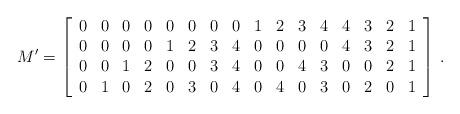
LaTeX: \begin{align*}M' &= \left[\begin{array}{c c c c c c c c c c c c c c c c}0 & 0 & 0 & 0 & 0 & 0 & 0 & 0 & 1 & 2 & 3 & 4 & 4 & 3 & 2 & 1\\0 & 0 & 0 & 0 & 1 & 2 & 3 & 4 & 0 & 0 & 0 & 0 & 4 & 3 & 2 & 1\\0 & 0 & 1 & 2 & 0 & 0 & 3 & 4 & 0 & 0 & 4 & 3 & 0 & 0 & 2 & 1 \\0 & 1 & 0 & 2 & 0 & 3 & 0 & 4 & 0 & 4 & 0 & 3 & 0 & 2 & 0 & 1 \end{array} \right]\,. \end{align*}